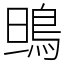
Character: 鴠